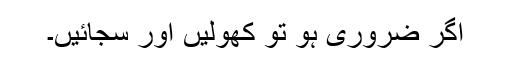
اگر ضروری ہو تو کھولیں اور سجائیں۔